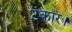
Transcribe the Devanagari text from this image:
टंकार।